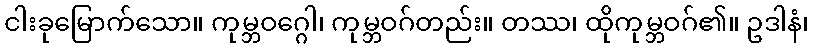
ငါးခုမြောက်သော။ ကုမ္ဘဝဂ္ဂေါ၊ ကုမ္ဘဝဂ်တည်း။ တဿ၊ ထိုကုမ္ဘဝဂ်၏။ ဥဒါနံ၊